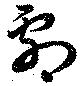
劇